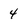
Character: 4